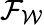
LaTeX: {\mathcal F}_{\mathcal W}